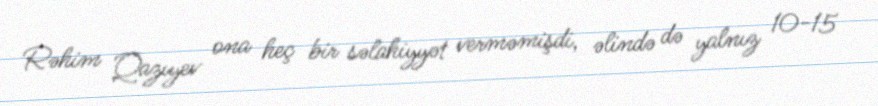
Rəhim Qazıyev ona heç bir səlahiyyət verməmişdi, əlində də yalnız 10-15